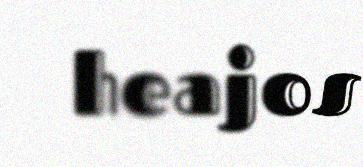
heajos